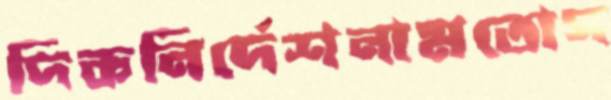
দিকনির্দেশনামতোগ